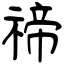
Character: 禘